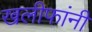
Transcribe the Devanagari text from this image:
खलीफांनी